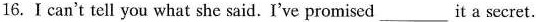
16.I can't tell you what she said. I've promised___it a secret.